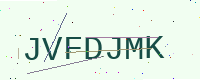
Text: JVFDJMK